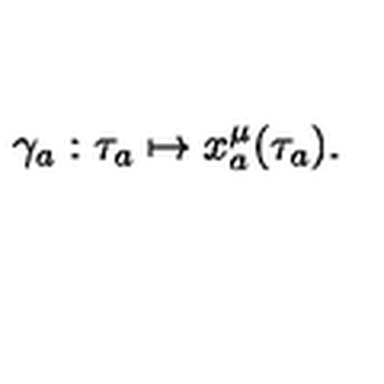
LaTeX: \gamma _ { a } : \tau _ { a } \mapsto x _ { a } ^ { \mu } ( \tau _ { a } ) .